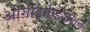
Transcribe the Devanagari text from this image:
ओर्गाइनाइजेशन